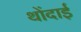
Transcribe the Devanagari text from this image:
थोंदाई